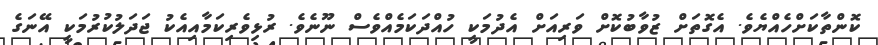
ކޮންތާކަށްހެއްޔެވެ. އެގޮތަށް ޒުވާބުކޮށް ވަރިއަށް އެދުމަކީ ހުއްދަކަމެއްވެސް ނޫނެވެ. ރުޅިވެރިކަމާއިއެކު ޖަދަލުކުރުމަކީ އޭނަގެ